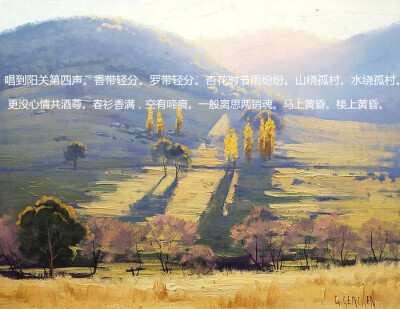
杏花时节雨纷纷。山绕孤村。水绕孤村。